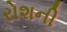
રોશની